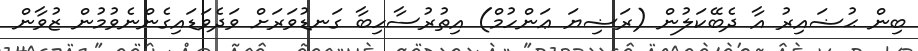
ބިން ޙުޟައިރު އާ ދެބޭކަލުން (ރަޟިޔަ ޢަންހުމް) އިތުރުސާހިބާ ގަނޑުވަރަށް ވަދެވަޑައިގެންނެވުމުން ޒުވާން